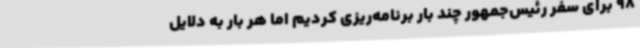
98 برای سفر رئیس‌جمهور چند بار برنامه‌ریزی کردیم اما هر بار به دلایل